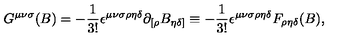
G ^ { { \mu } { \nu } { \sigma } } ( B ) = - { \frac { 1 } { 3 ! } } { \epsilon } ^ { { \mu } { \nu } { \sigma } { \rho } { \eta } { \delta } } { \partial } _ { [ { \rho } } B _ { { \eta } { \delta } ] } \equiv - { \frac { 1 } { 3 ! } } { \epsilon } ^ { { \mu } { \nu } { \sigma } { \rho } { \eta } { \delta } } F _ { { \rho } { \eta } { \delta } } ( B ) ,